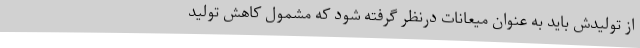
از تولیدش باید به عنوان میعانات درنظر گرفته شود که مشمول کاهش تولید